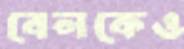
বেলকেও